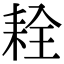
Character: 𦓰